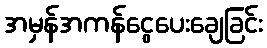
အမှန်အကန်ငွေပေးချေခြင်း